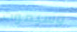
وسيموت